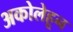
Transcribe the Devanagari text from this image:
अकोलेहून